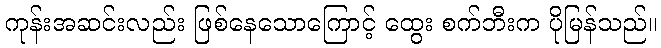
ကုန်းအဆင်းလည်း ဖြစ်နေသောကြောင့် ထွေး စက်ဘီးက ပိုမြန်သည်။